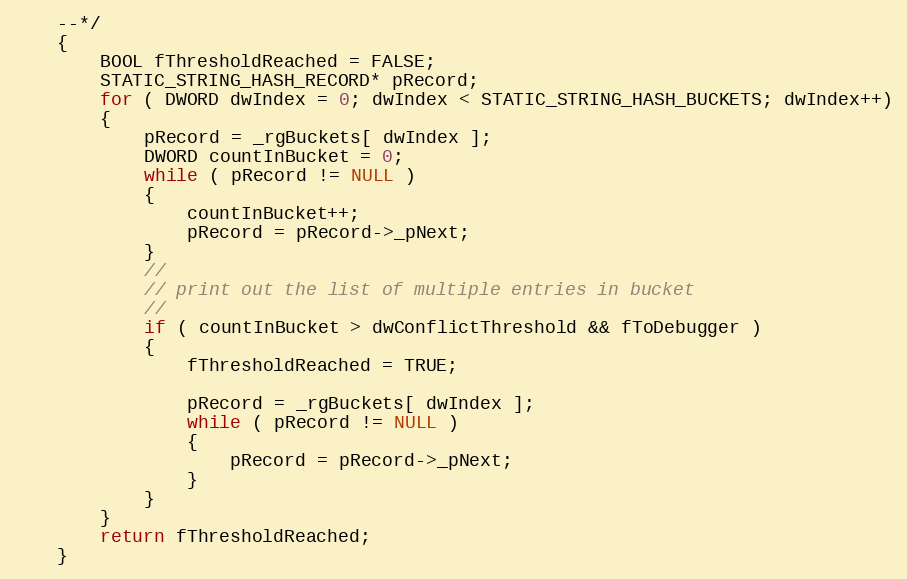
Language: C
    --*/
    {
        BOOL fThresholdReached = FALSE;
        STATIC_STRING_HASH_RECORD* pRecord;
        for ( DWORD dwIndex = 0; dwIndex < STATIC_STRING_HASH_BUCKETS; dwIndex++)
        {
            pRecord = _rgBuckets[ dwIndex ];
            DWORD countInBucket = 0;
            while ( pRecord != NULL )
            {
                countInBucket++;
                pRecord = pRecord->_pNext;
            }
            //
            // print out the list of multiple entries in bucket
            //
            if ( countInBucket > dwConflictThreshold && fToDebugger )
            {
                fThresholdReached = TRUE;

                pRecord = _rgBuckets[ dwIndex ];
                while ( pRecord != NULL )
                {
                    pRecord = pRecord->_pNext;
                }
            }
        }
        return fThresholdReached;
    }